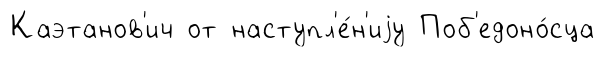
Каэтанов'ич от наступл'е́н'иjу Поб'едоно́сца